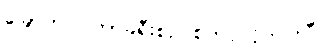
ခြောက်လကြာခရီးစဉ် စတင်လိုက်ပါပြီ။